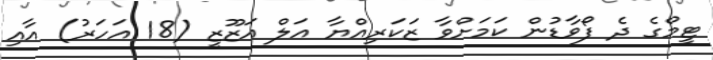
ޓީމްގެ ދެ ފޯވާޑުން ކަމަށްވާ ޒަކަރިއްޔާ އަލް އަޒޫޒީ (18 އަހަރު) އާއި